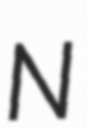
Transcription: N